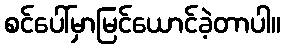
စင်ပေါ်မှာမြင်ယောင်ခဲ့တာပါ။